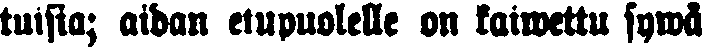
tuisia; aidan etupuolelle on kaiwettu sywä